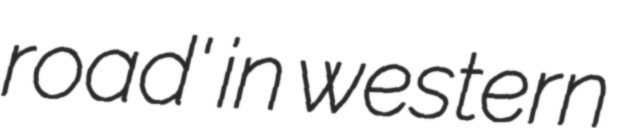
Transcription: road' in western